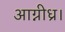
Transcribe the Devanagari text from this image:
आग्नीध्र।